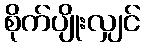
စိုက်ပျိုးလျှင်